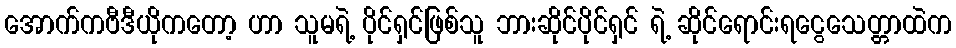
အောက်ကဗီဒီယိုကတော့ ဟာ သူမရဲ့ ပိုင်ရှင်ဖြစ်သူ ဘားဆိုင်ပိုင်ရှင် ရဲ့ ဆိုင်ရောင်းရငွေသေတ္တာထဲက